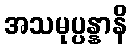
အသမုပ္ပန္နာနိ